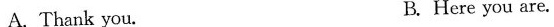
A.Thank you. B.Here you are.